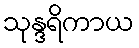
သုန္ဒရိကာယ